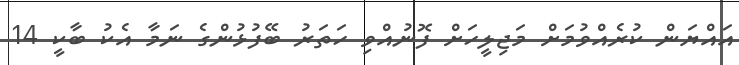
އައްޔަން ކުރެއްވުމަށް މަޖިލީހަށް ފޮނުއްވި ހަތަރު ބޭފުޅުންގެ ނަމާ އެކު ބާކީ 14